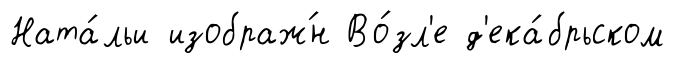
Ната́льи изображ́н Во́зл'е д'ека́брьском